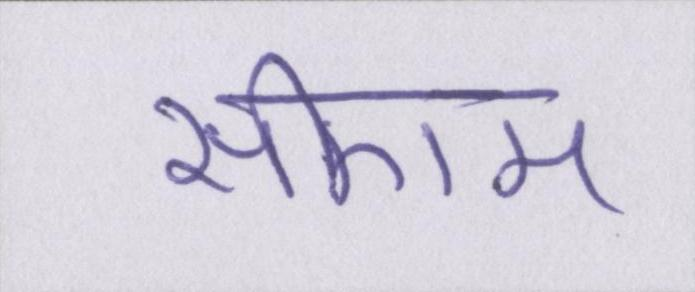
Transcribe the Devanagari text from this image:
सीएम